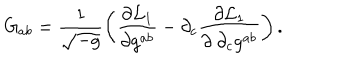
G _ { a b } = \frac { 1 } { \sqrt { - g } } \left( \frac { \partial { \cal L } _ { 1 } } { \partial g ^ { a b } } - \partial _ { c } \frac { \partial { \cal L } _ { 1 } } { \partial ~ \partial _ { c } g ^ { a b } } \right) .